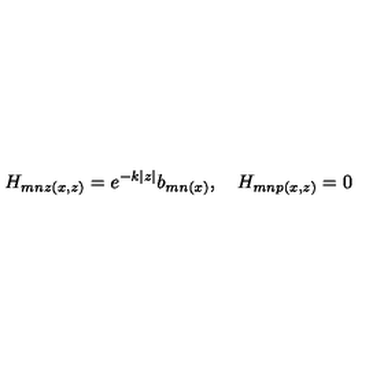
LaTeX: H _ { m n z ( x , z ) } = e ^ { - k | z | } b _ { m n ( x ) } , \quad H _ { m n p ( x , z ) } = 0